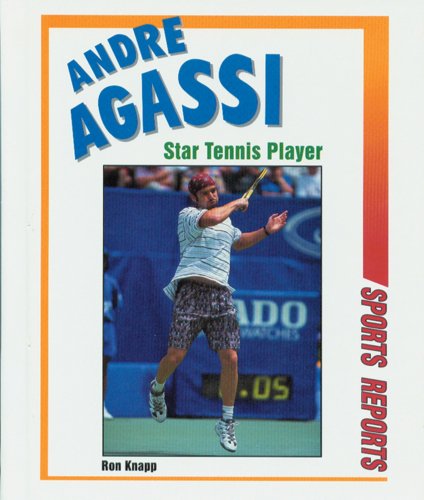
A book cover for Andre Agassi: Star Tennis Player (Sports Reports); Ron Knapp; Children's Books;